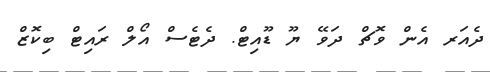
ދެއަރ އެން ވޮޗް ދަވޭ ޔޫ ޑޫއިޓް. ދެޓެސް އޯލް ރައިޓް ބިކޮޒް